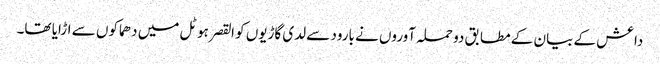
داعش کے بیان کے مطابق دو حملہ آوروں نے بارود سے لدی گاڑیوں کو القصر ہوٹل میں دھماکوں سے اڑایا تھا۔